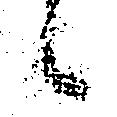
候